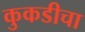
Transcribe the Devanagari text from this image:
कुकडीचा